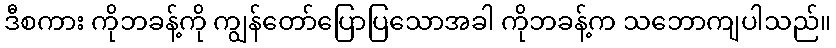
ဒီစကား ကိုဘခန့်ကို ကျွန်တော်ပြောပြသောအခါ ကိုဘခန့်က သဘောကျပါသည်။